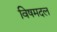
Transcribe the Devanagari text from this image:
विषमदल